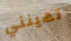
تهينني